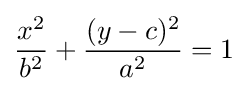
{\frac {x^{2}}{b^{2}}}+{\frac {(y-c)^{2}}{a^{2}}}=1